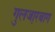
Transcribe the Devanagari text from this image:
गुलजा़रबाग